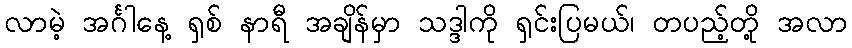
လာမဲ့ အင်္ဂါနေ့ ရှစ် နာရီ အချိန်မှာ သဒ္ဒါကို ရှင်းပြမယ်၊ တပည့်တို့ အလာ